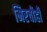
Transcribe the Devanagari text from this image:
मिरचीही